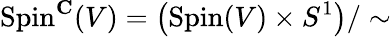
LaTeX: \operatorname{Spin}^{\mathbf{C}}(V)=\left(\operatorname{Spin}(V)\times S^{1}\right)/\sim